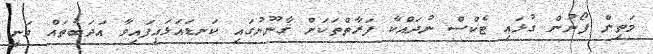
މަތިން ފޯނުން ގުޅައި ޓެކްސް ނުދައްކާ ފަރާތްތަކަށް ޤާނޫނުގައި ކަނޑައަޅައިފައިވާ އަދަބުތައް ވަނީ